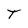
Character: T